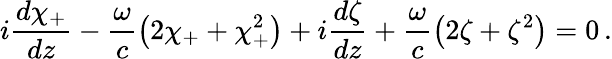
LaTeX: i\frac{d\chi_{+}}{dz}-\frac{\omega}{c}\left(2\chi_{+}+\chi_{+}^{2}\right)+i\frac{d\zeta}{dz}+\frac{\omega}{c}\left(2\zeta+\zeta^{2}\right)=0\, .